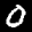
Label: 0